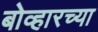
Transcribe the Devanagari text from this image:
बोव्हारच्या